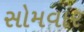
સોમવાર